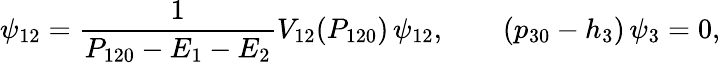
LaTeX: \psi_{12}={\frac{1}{P_{120}-E_{1}-E_{2}}}V_{12}(P_{120})\, \psi_{12},\qquad(p_{30}-h_{3})\, \psi_{3}=0,